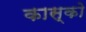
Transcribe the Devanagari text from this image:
कास्को